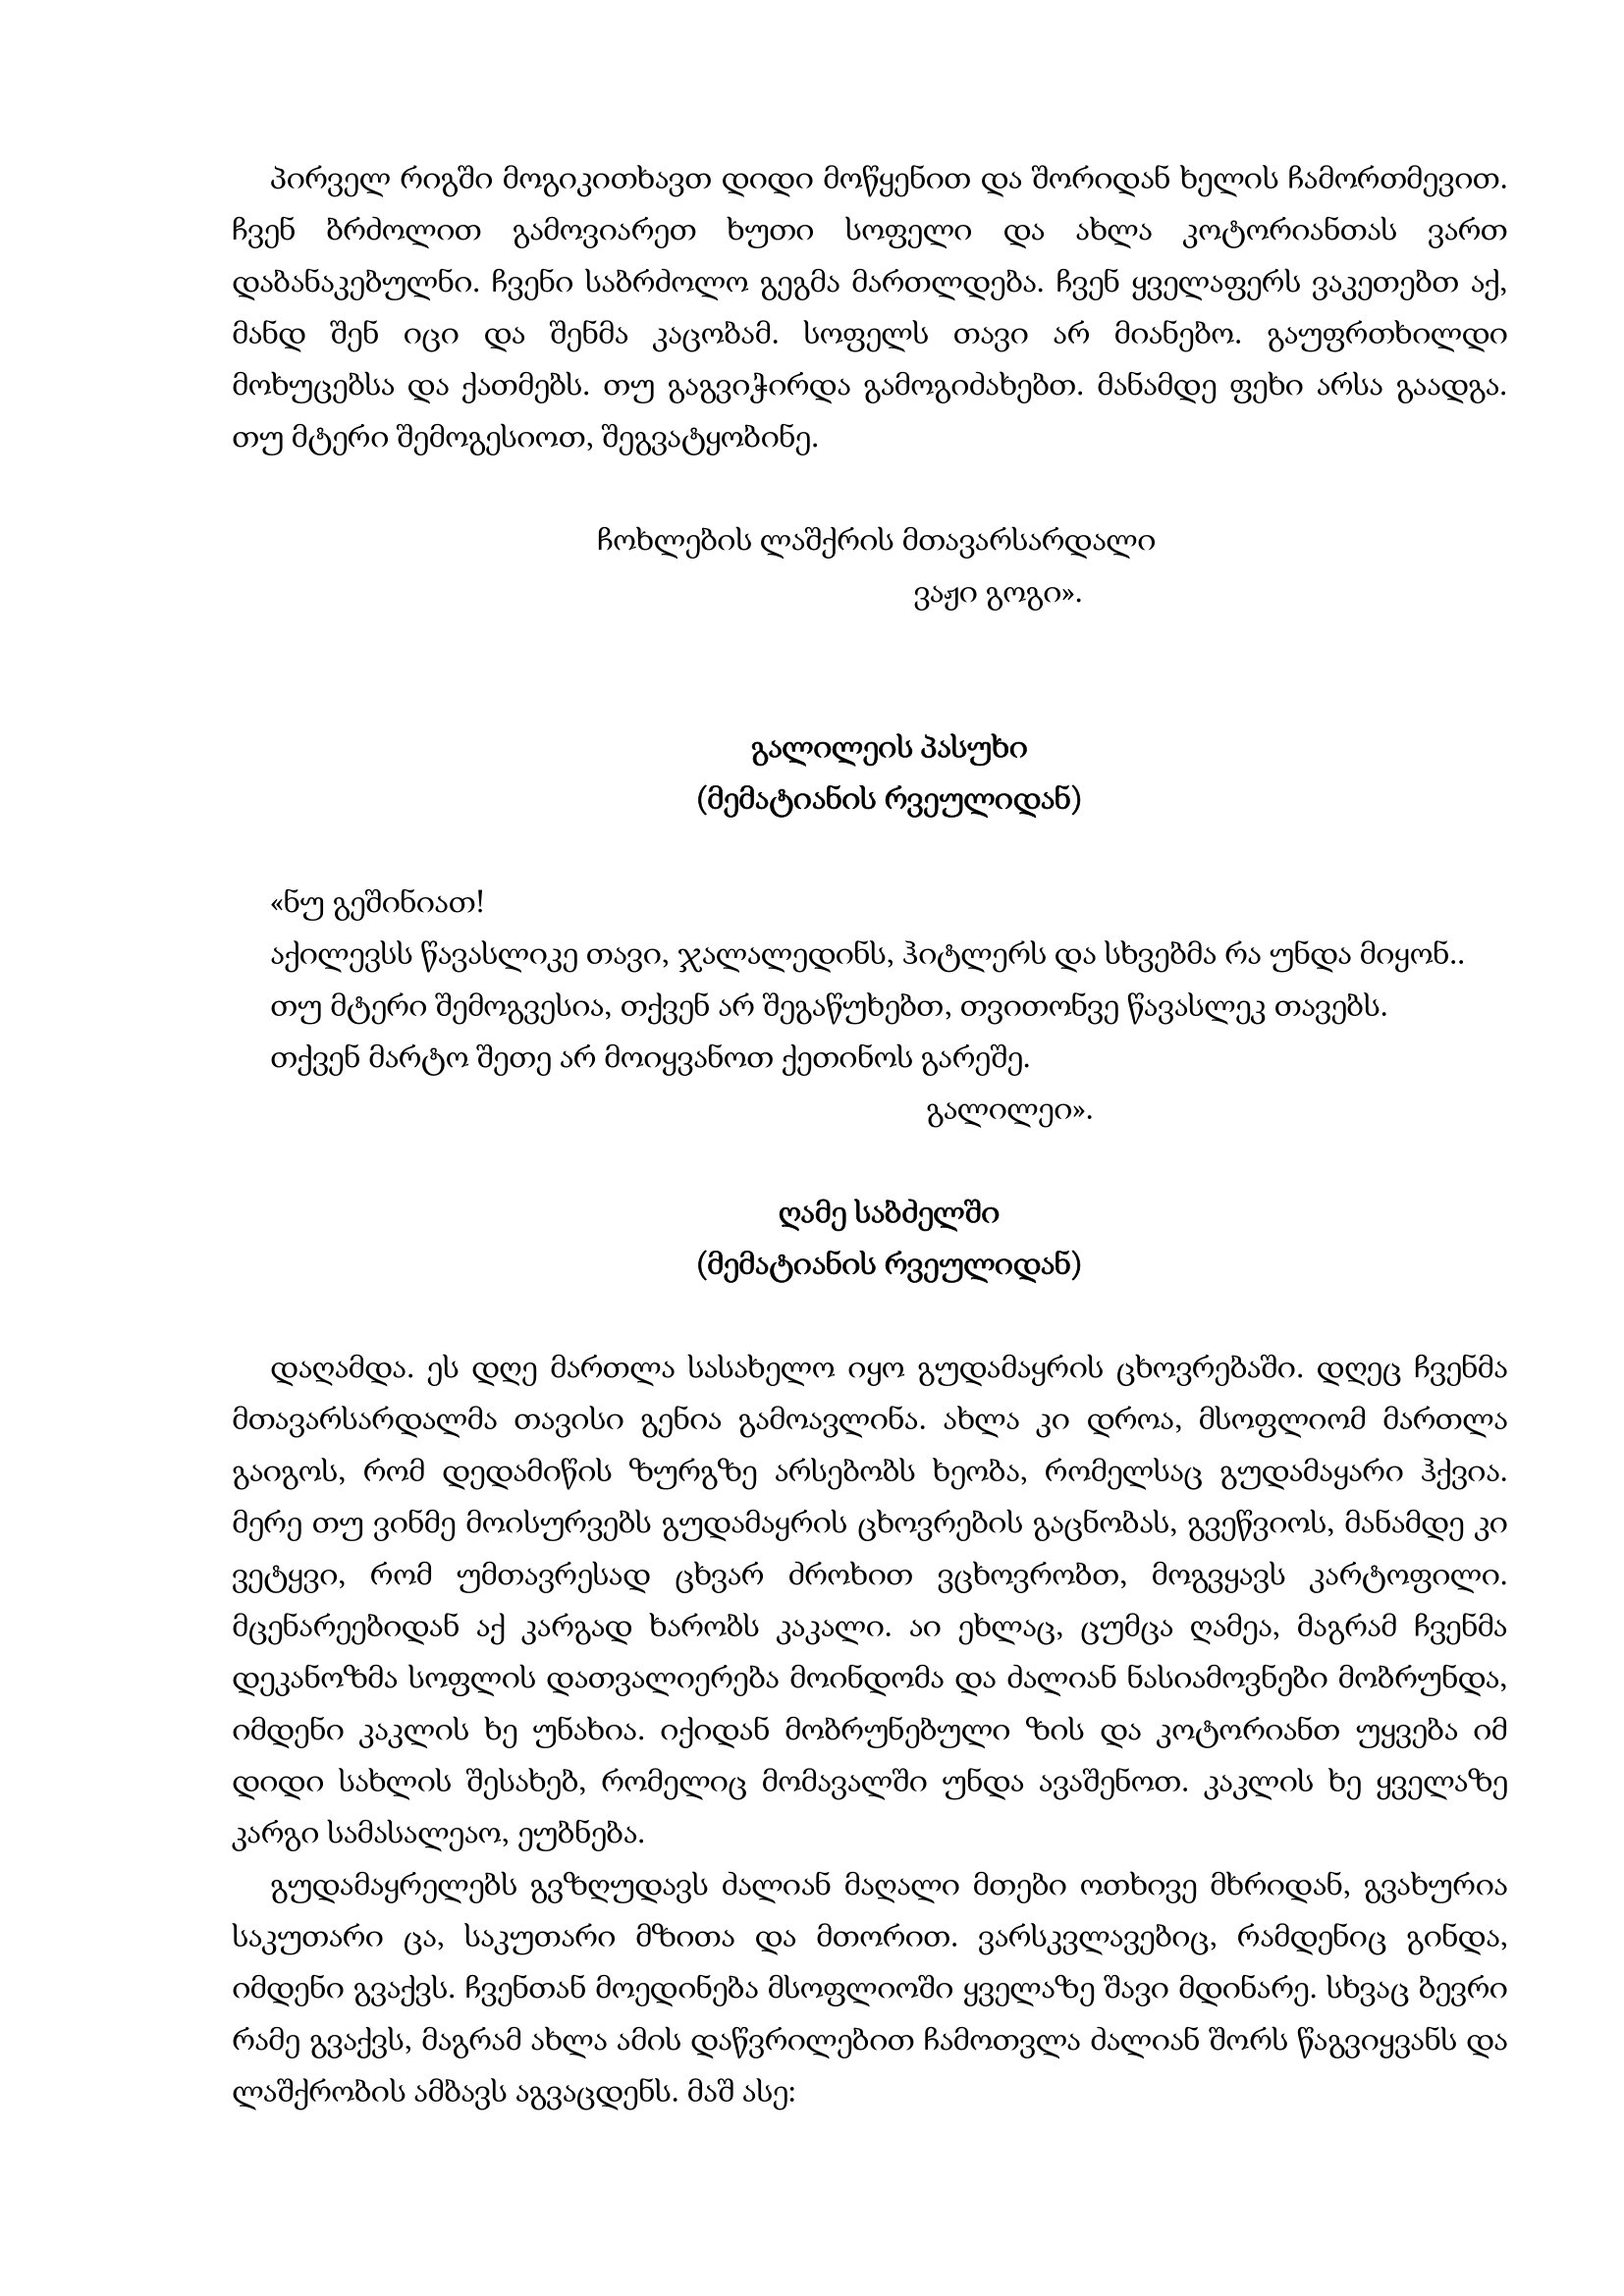
Language: gr